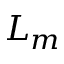
L _ { m }